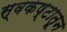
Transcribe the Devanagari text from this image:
स्वकष्टातून